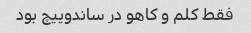
فقط کلم و کاهو در ساندوییچ بود